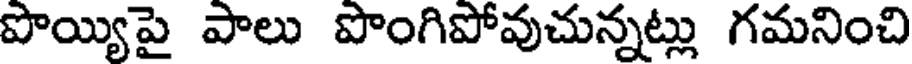
పొయ్యిపై పాలు పొంగిపోవుచున్నట్లు గమనించి